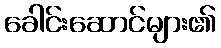
ခေါင်းဆောင်များ၏